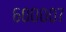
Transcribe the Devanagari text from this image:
६००००७